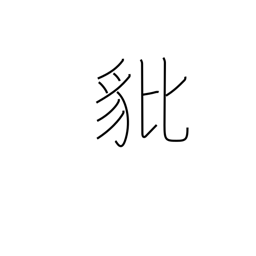
Meaning: brave heraldic beast